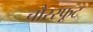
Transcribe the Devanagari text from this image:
चौरस्फूट